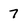
Character: 7